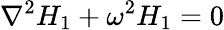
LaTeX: \nabla^{2}H_{1}+\omega^{2}H_{1}=0